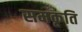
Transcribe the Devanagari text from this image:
समकृति